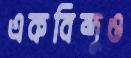
একবিন্দুও